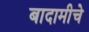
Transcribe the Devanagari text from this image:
बादामीचे